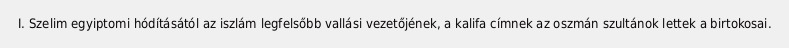
I. Szelim egyiptomi hódításától az iszlám legfelsőbb vallási vezetőjének, a kalifa címnek az oszmán szultánok lettek a birtokosai.